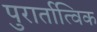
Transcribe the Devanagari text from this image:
पुरार्तात्विक